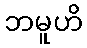
ဘမူဟိ